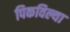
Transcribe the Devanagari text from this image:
पिकविल्या